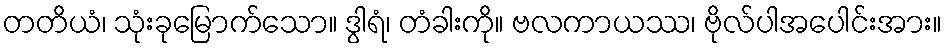
တတိယံ၊ သုံးခုမြောက်သော။ ဒွါရံ၊ တံခါးကို။ ဗလကာယဿ၊ ဗိုလ်ပါအပေါင်းအား။